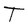
Character: T